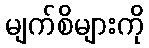
မျက်စိများကို